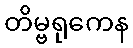
တိမ္ဗရုကေန